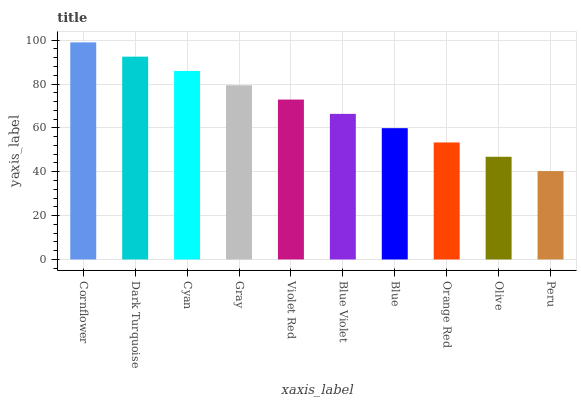
| xaxis_label | bars |
 | --- | --- |
 | Cornflower | 99 |
 | Dark Turquoise | 92.5 |
 | Cyan | 86 |
 | Gray | 79.4 |
 | Violet Red | 72.9 |
 | Blue Violet | 66.4 |
 | Blue | 59.9 |
 | Orange Red | 53.3 |
 | Olive | 46.8 |
 | Peru | 40.3 |